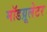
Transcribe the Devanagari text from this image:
मॉडय़ूलेटर